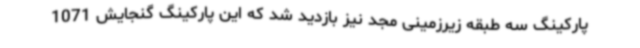
پارکینگ سه طبقه زیرزمینی مجد نیز بازدید شد که این پارکینگ گنجایش 1071